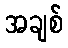
အချစ်